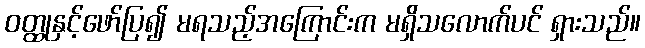
ဝတ္ထုနှင့်ဖော်ပြ၍ မရသည့်အကြောင်းက မရှိသလောက်ပင် ရှားသည်။